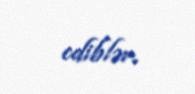
ediblər.